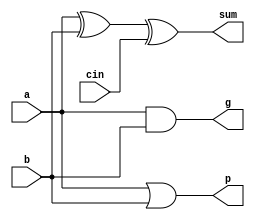
module rfa (sum, g, p, a, b, cin);

   output sum;
   output g;
   output p;
   input a;
   input b;
   input cin;

   xor x1(sum, a, b, cin);
   and a1(g, a, b);
   or  o1(p, a, b);
   
endmodule